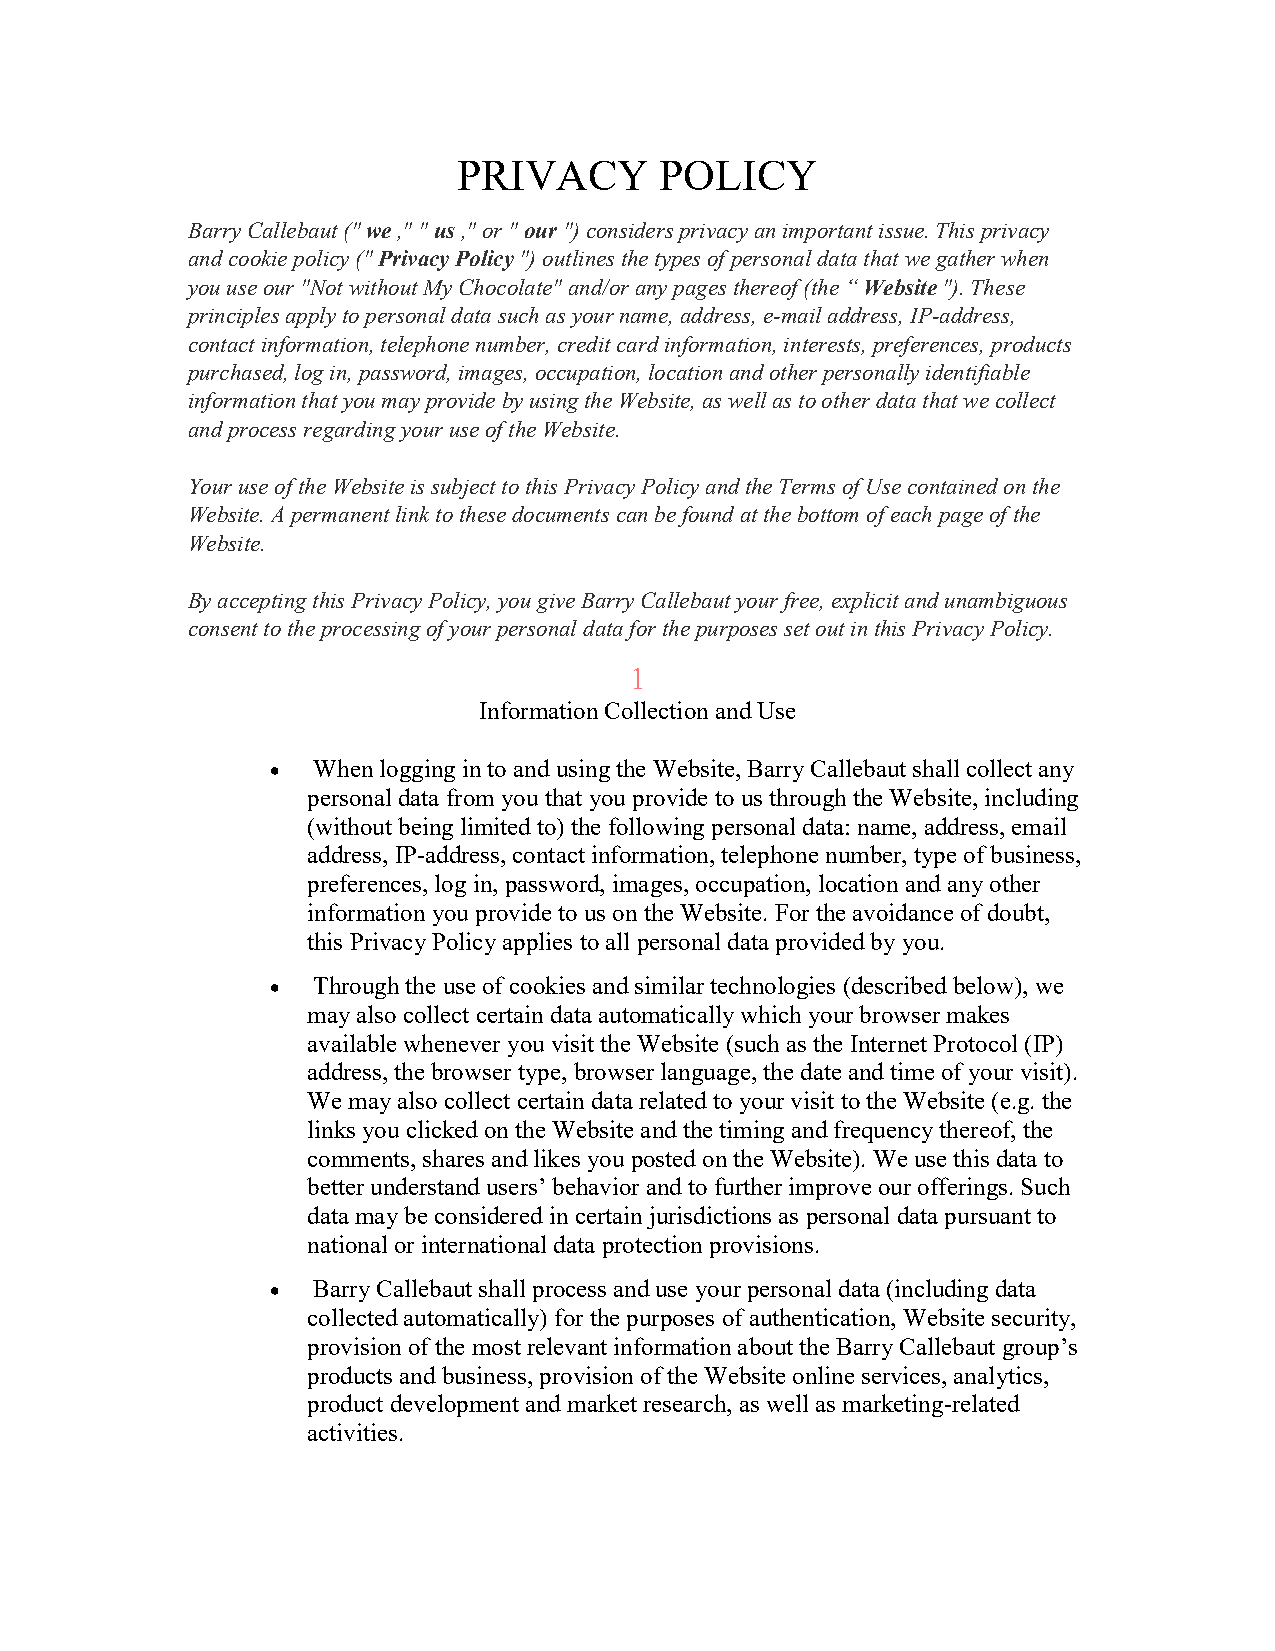
PRIVACY       POLICY
 Barry Callebaut (" we ," " us ," or " our ") considers privacy an important issue. This privacy
 and cookie policy (" Privacy Policy ") outlines the types of personal data that we gather when
 you use our "Not without My Chocolate" and/or any pages thereof (the “ Website "). These
 principles apply to personal data such as your name, address, e-mail address, IP-address,
 contact information, telephone number, credit card information, interests, preferences, products
 purchased, log in, password, images, occupation, location and other personally identifiable
 information that you may provide by using the Website, as well as to other data that we collect
 and process regarding your use of the Website.
 Your use of the Website is subject to this Privacy Policy and the Terms of Use contained on the
 Website. A permanent link to these documents can be found at the bottom of each page of the
 Website.
 By accepting this Privacy Policy, you give Barry Callebaut your free, explicit and unambiguous
 consent to the processing of your personal data for the purposes set out in this Privacy Policy.
 1
 Information Collection and Use
 •  When logging in to and using the Website, Barry Callebaut shall collect any
 personal data from you that you provide to us through the Website, including
 (without being limited to) the following personal data: name, address, email
 address, IP-address, contact information, telephone number, type of business,
 preferences, log in, password, images, occupation, location and any other
 information you provide to us on the Website. For the avoidance of doubt,
 this Privacy Policy applies to all personal data provided by you.
 •  Through the use of cookies and similar technologies (described below), we
 may also collect certain data automatically which your browser makes
 available whenever you visit the Website (such as the Internet Protocol (IP)
 address, the browser type, browser language, the date and time of your visit).
 We may also collect certain data related to your visit to the Website (e.g. the
 links you clicked on the Website and the timing and frequency thereof, the
 comments, shares and likes you posted on the Website). We use this data to
 better understand users’ behavior and to further improve our offerings. Such
 data may be considered in certain jurisdictions as personal data pursuant to
 national or international data protection provisions.
 •  Barry Callebaut shall process and use your personal data (including data
 collected automatically) for the purposes of authentication, Website security,
 provision of the most relevant information about the Barry Callebaut group’s
 products and business, provision of the Website online services, analytics,
 product development and market research, as well as marketing-related
 activities.